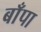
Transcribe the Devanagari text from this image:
बाँपा